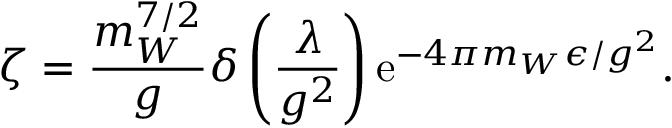
\zeta = \frac { m _ { W } ^ { 7 / 2 } } { g } \delta \left( \frac { \lambda } { g ^ { 2 } } \right) \mathrm { e } ^ { - 4 \pi m _ { W } \epsilon / g ^ { 2 } } .